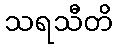
သရသီတိ